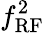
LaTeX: f_{\mathrm{RF}}^{2}